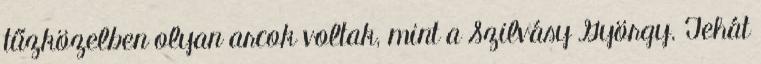
tűzközelben olyan arcok voltak, mint a Szilvásy György. Tehát